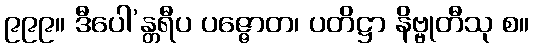
၉၉၉။ ဒီပေါ’န္တရီပ ပဇ္ဇောတ၊ ပတိဋ္ဌာ နိဗ္ဗုတီသု စ။